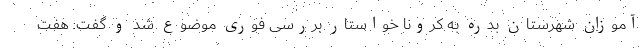
آموزان شهرستان بدره به کرونا خواستار بررسی فوری موضوع شد و گفت: هفت